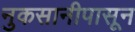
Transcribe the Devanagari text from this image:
नुकसानीपासून